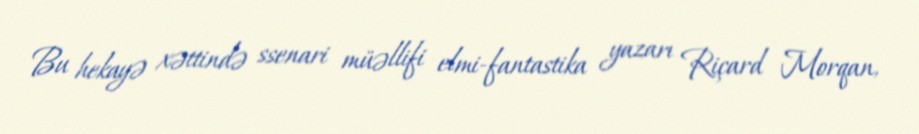
Bu hekayə xəttində ssenari müəllifi elmi-fantastika yazarı Riçard Morqan,